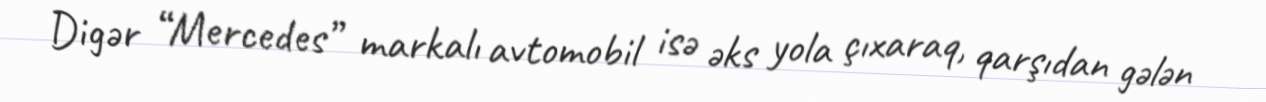
Digər “Mercedes” markalı avtomobil isə əks yola çıxaraq, qarşıdan gələn